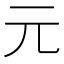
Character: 元